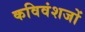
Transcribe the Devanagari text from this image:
कविवंशजों